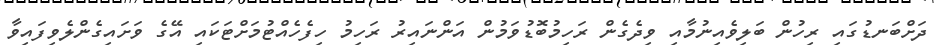
ދަށްބަނޑުގައި ރިހުން ބަލިވެއިނުމާއި ވިދެގެން ރަހިމުބޮޑުވަމުން އަންނައިރު ރަހިމު ހިފެހެއްޓުމަށްޓަކައި އޭގެ ވަށައިގެންލެވިފައިވާ